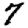
Digit: 7